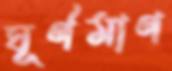
ঘূর্ণমাণ